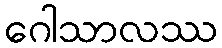
ဂေါသာလဿ